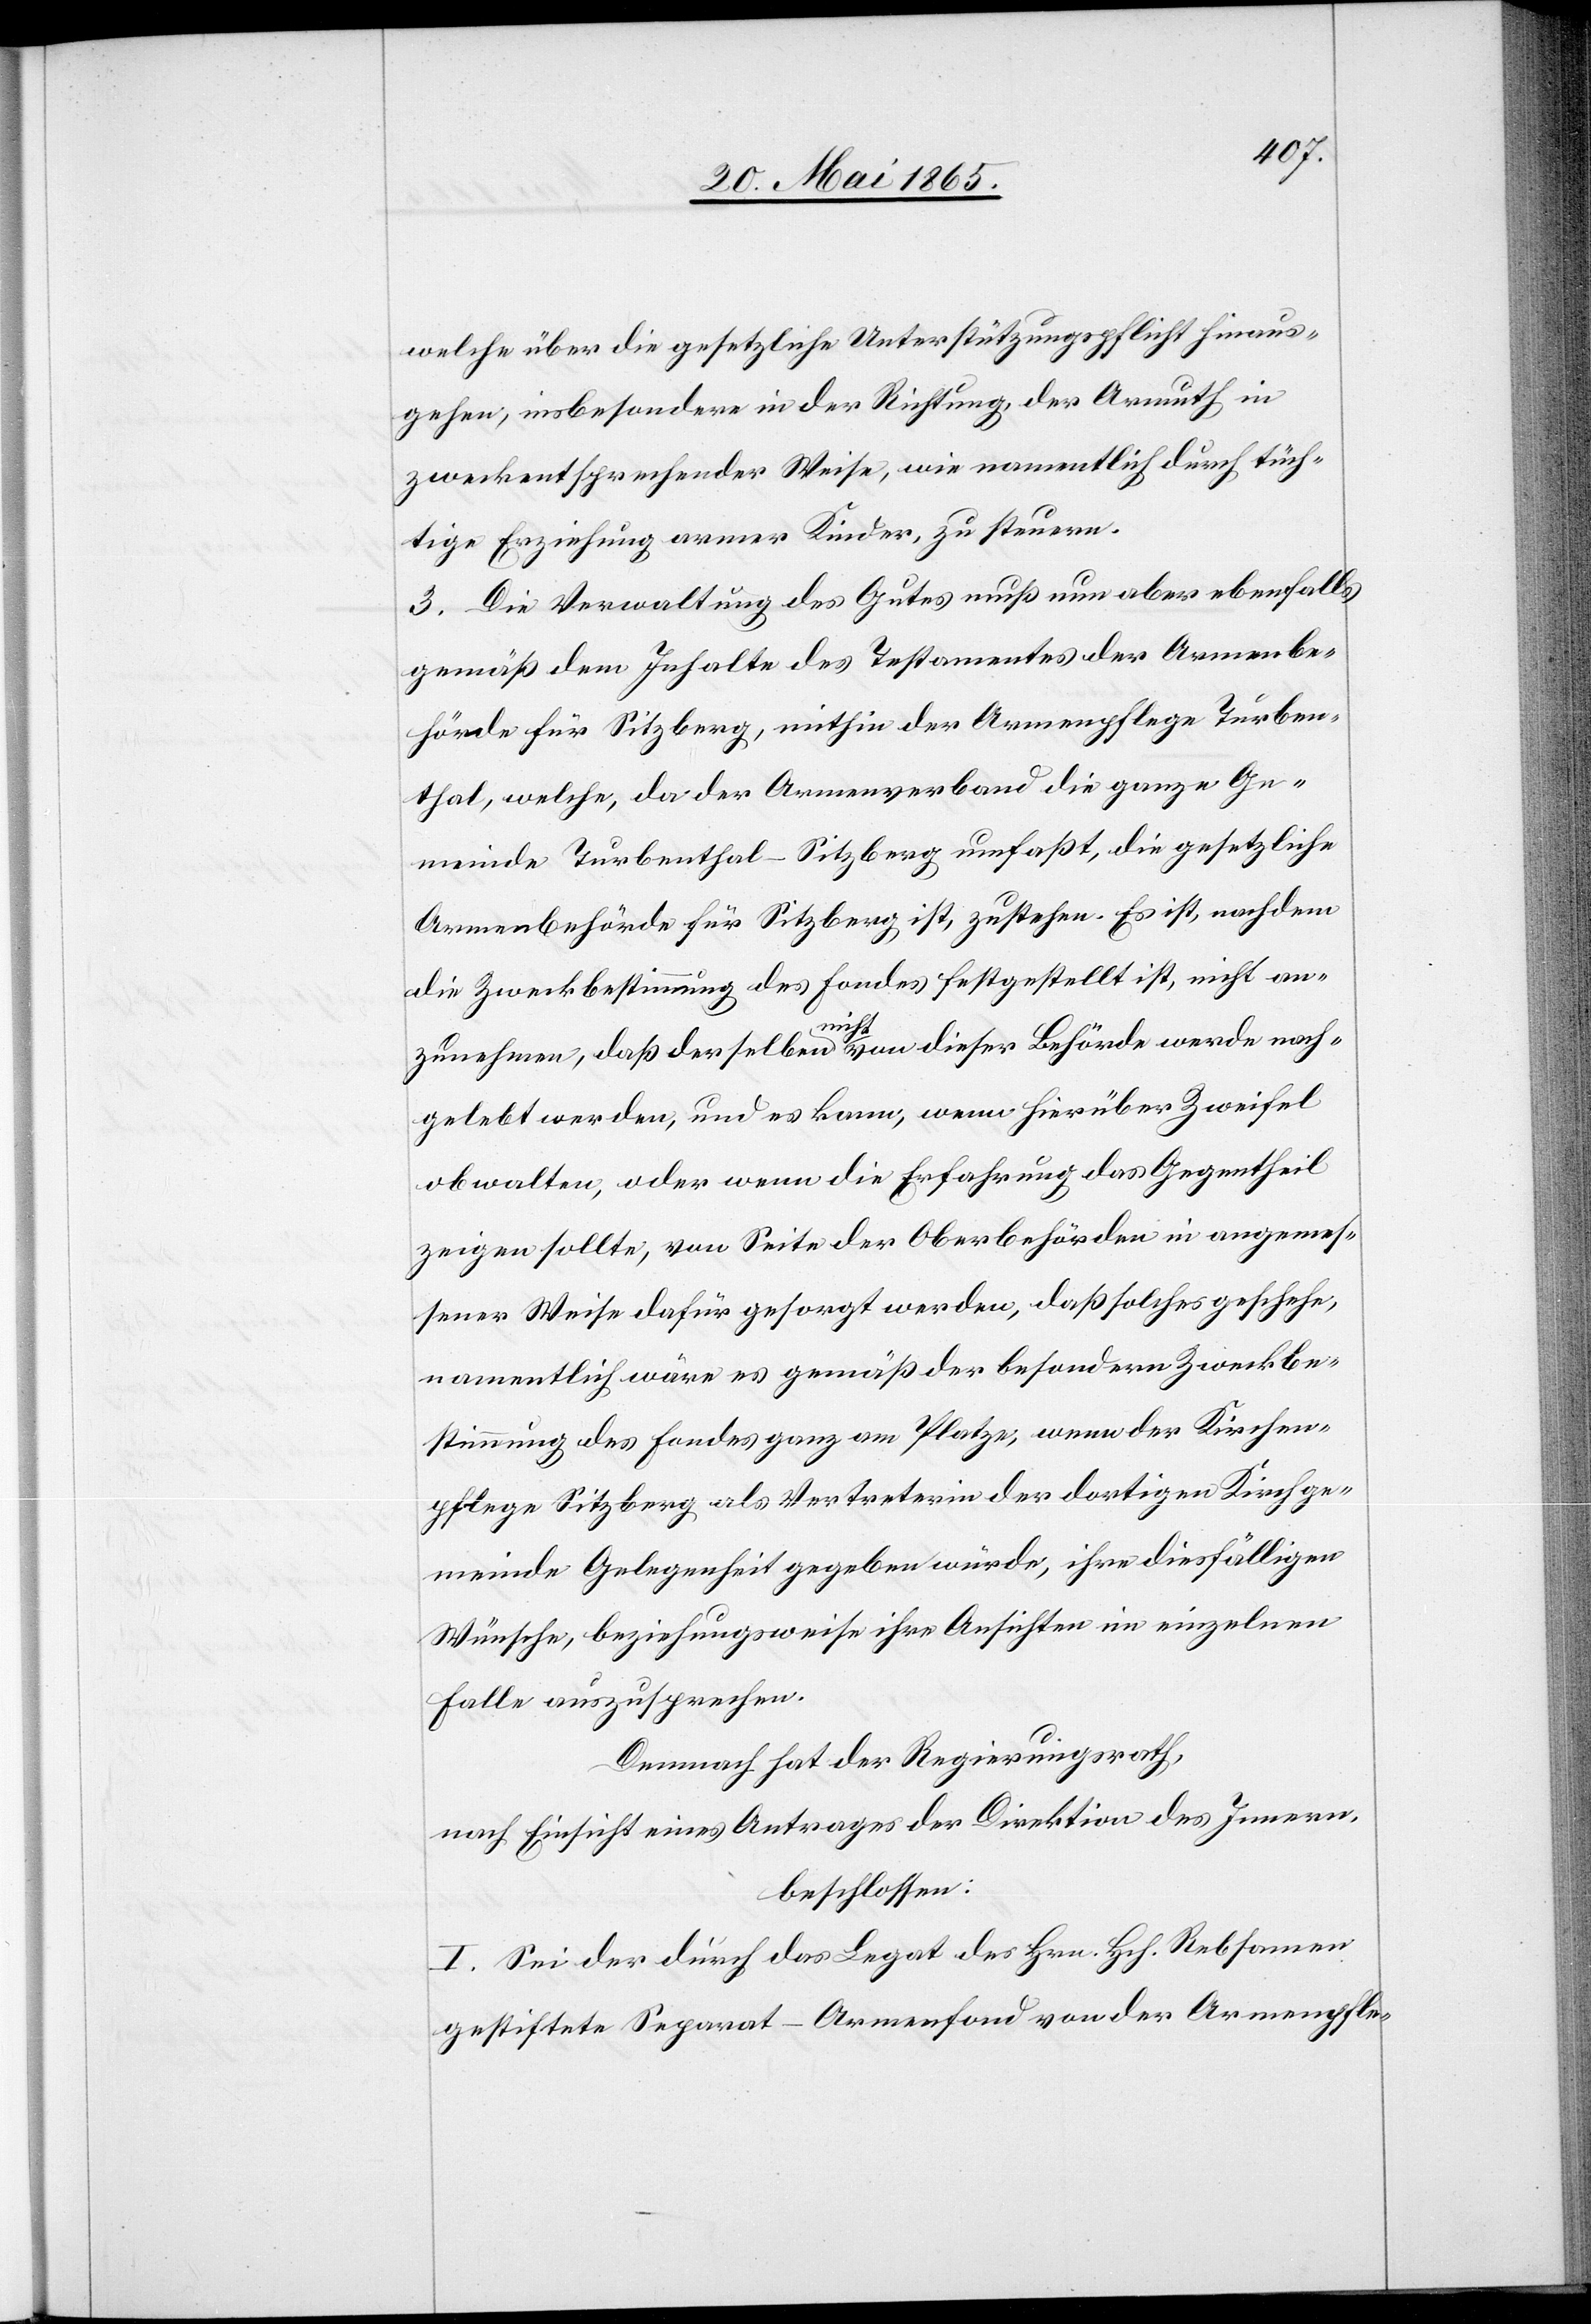
welche über die gesetzliche Unterstützungspflicht hinaus¬
gehen, insbesondere in der Richtung der Armuth in
zweckentsprechender Weise, wie namentlich durch tüch¬
tige Erziehung armer Kinder, zu steuern.
3. Die Verwaltung des Gutes muß nun aber ebenfalls
gemäß dem Inhalte des Testamentes der Armenbe¬
hörde für Sitzberg, mithin der Armenpflege Turben¬
thal, welche, da der Armenverband die ganze Ge¬
meinde Turbenthal-Sitzberg umfaßt, die gesetzliche
Armenbehörde für Sitzberg ist, zustehen. Es ist, nachdem
die Zweckbestimmung des Fondes festgestellt ist, nicht an¬
zunehmen, daß derselben nicht von dieser Behörde werde nach¬
gelebt werden, und es kann, wenn hierüber Zweifel
obwalten, oder wenn die Erfahrung das Gegentheil
zeigen sollte, von Seite der Oberbehörden in angemes¬
sener Weise dafür gesorgt werden, daß solches geschehe,
namentlich wäre es gemäß der besondern Zweckbe¬
stimmung des Fondes ganz am Platze, wenn der Kirchen¬
pflege Sitzberg als Vertreterin der dortigen Kirchge¬
meinde Gelegenheit gegeben würde, ihre diesfälligen
Wünsche, beziehungsweise ihre Ansichten im einzelnen
Falle auszusprechen.
Demnach hat der Regierungsrath,
nach Einsicht eines Antrages der Direktion des Innern,
beschlossen:
I. Sei der durch das Legat des Hrn. Hch. Rebsamen
gestiftete Separat-Armenfond von der Armenpfle-